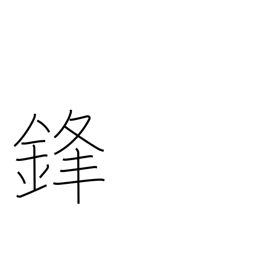
Meaning: sword's point